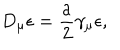
LaTeX: D _ { \mu } \epsilon = \frac { a } { 2 } \gamma _ { \mu } \epsilon ,